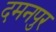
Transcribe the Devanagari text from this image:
दमनपुर